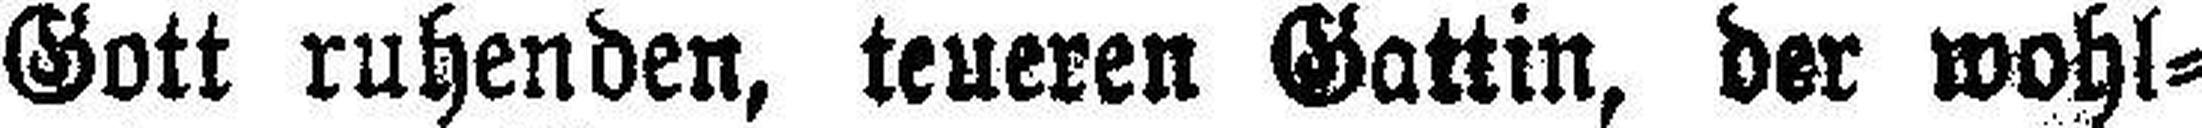
Gott ruhenden, teueren Gattin, der wohl¬